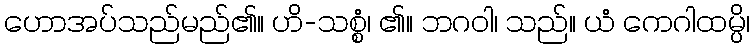
ဟောအပ်သည်မည်၏။ ဟိ-သစ္စံ၊ ၏။ ဘဂဝါ၊ သည်။ ယံ ကေဂါထမ္ပိ၊